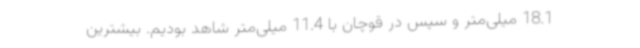
18.1 میلی‌متر و سپس در قوچان با 11.4 میلی‌متر شاهد بودیم. بیشترین